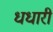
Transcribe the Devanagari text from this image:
धधारी